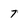
Character: 7